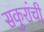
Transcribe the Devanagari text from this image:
सकुरांची